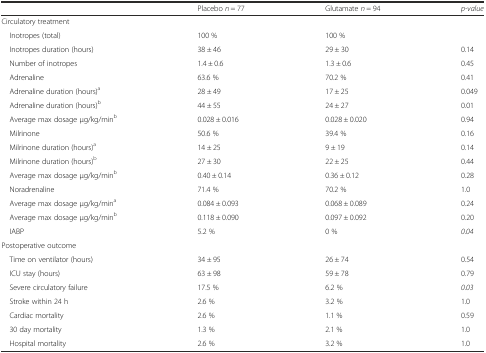
|  | Placebo n = 77 | Glutamate n = 94 | p-value |
 | --- | --- | --- | --- |
 | Circulatory treatment |  |  |  |
 | Inotropes (total) | 100 % | 100 % |  |
 | Inotropes duration (hours) | 38 ± 46 | 29 ± 30 | 0.14 |
 | Number of inotropes | 1.4 ± 0.6 | 1.3 ± 0.6 | 0.45 |
 | Adrenaline | 63.6 % | 70.2 % | 0.41 |
 | Adrenaline duration (hours)a | 28 ± 49 | 17 ± 25 | 0.049 |
 | Adrenaline duration (hours)b | 44 ± 55 | 24 ± 27 | 0.01 |
 | Average max dosage μg/kg/minb | 0.028 ± 0.016 | 0.028 ± 0.020 | 0.94 |
 | Milrinone | 50.6 % | 39.4 % | 0.16 |
 | Milrinone duration (hours)a | 14 ± 25 | 9 ± 19 | 0.14 |
 | Milrinone duration (hours)b | 27 ± 30 | 22 ± 25 | 0.44 |
 | Average max dosage μg/kg/minb | 0.40 ± 0.14 | 0.36 ± 0.12 | 0.28 |
 | Noradrenaline | 71.4 % | 70.2 % | 1.0 |
 | Average max dosage μg/kg/mina | 0.084 ± 0.093 | 0.068 ± 0.089 | 0.24 |
 | Average max dosage μg/kg/minb | 0.118 ± 0.090 | 0.097 ± 0.092 | 0.20 |
 | IABP | 5.2 % | 0 % | 0.04 |
 | Postoperative outcome |  |  |  |
 | Time on ventilator (hours) | 34 ± 95 | 26 ± 74 | 0.54 |
 | ICU stay (hours) | 63 ± 98 | 59 ± 78 | 0.79 |
 | Severe circulatory failure | 17.5 % | 6.2 % | 0.03 |
 | Stroke within 24 h | 2.6 % | 3.2 % | 1.0 |
 | Cardiac mortality | 2.6 % | 1.1 % | 0.59 |
 | 30 day mortality | 1.3 % | 2.1 % | 1.0 |
 | Hospital mortality | 2.6 % | 3.2 % | 1.0 |